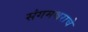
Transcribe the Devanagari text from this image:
संगमश्वराचे